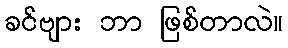
ခင်ဗျား ဘာ ဖြစ်တာလဲ။